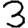
Digit: 3